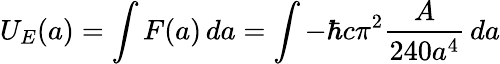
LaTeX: U_{E}(a)=\int F(a)\, da=\int-\hbar c\pi^{2}{\frac{A}{240a^{4}}}\, da